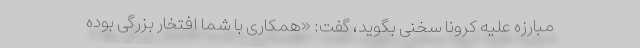
مبارزه علیه کرونا سخنی بگوید، گفت: «همکاری با شما افتخار بزرگی بوده